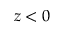
z < 0